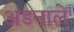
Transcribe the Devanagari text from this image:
अंडनालें